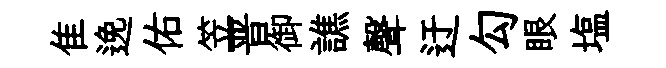
隹𨓜佑笠晋御譙聲迂勾眼塩